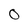
Character: O